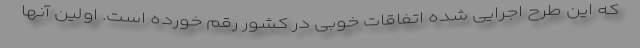
که این طرح اجرایی شده اتفاقات خوبی در کشور رقم خورده است. اولین آنها